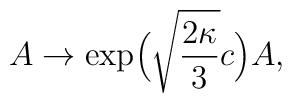
A\to\exp\!\Big(\sqrt{\frac{2\kappa}{3}}c\Big)A,